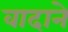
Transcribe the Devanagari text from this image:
वादाने